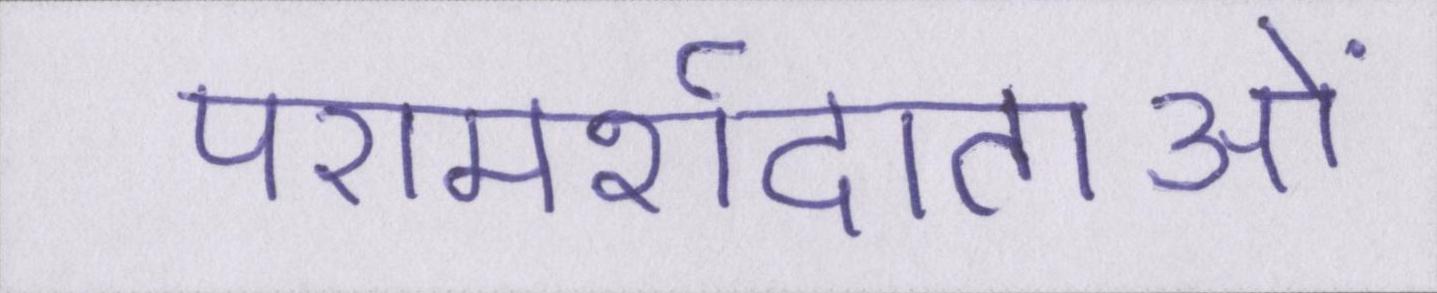
परामर्शदाताओं